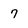
Character: 7